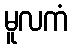
မူလကံ